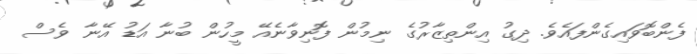
ފެންބޮވައިގެންފައެވެ. ދިގު އިންތިޒާރުގެ ނިމުން ފޮނިވާނެއޭ މީހުން ބުނާ އަޑު އޭނާ ވެސް